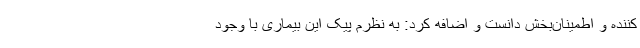
کننده و اطمینان‌بخش دانست و اضافه کرد: به نظرم پیک این بیماری با وجود